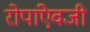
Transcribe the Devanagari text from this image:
रोपांएेवजी